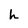
Character: h